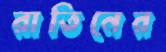
রাতিনের